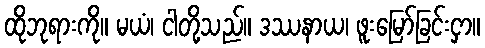
ထိုဘုရားကို။ မယံ၊ ငါတို့သည်။ ဒဿနာယ၊ ဖူးမြော်ခြင်းငှာ။